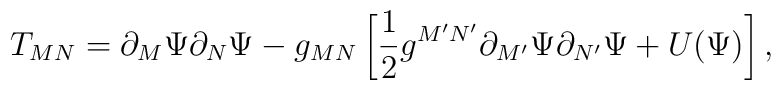
T_{MN} =  \partial_M\Psi\partial_N\Psi	-g_{MN}\left[\frac{1}{2}g^{M'N'}\partial_{M'}\Psi\partial_{N'}\Psi	+U(\Psi)\right],